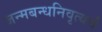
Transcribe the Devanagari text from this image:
जन्मबन्धनिवृत्यर्थं